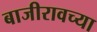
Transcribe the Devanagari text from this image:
बाजीरावच्या